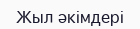
Жыл әкімдері